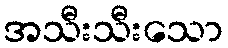
အသီးသီးသော